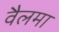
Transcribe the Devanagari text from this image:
वैलमा